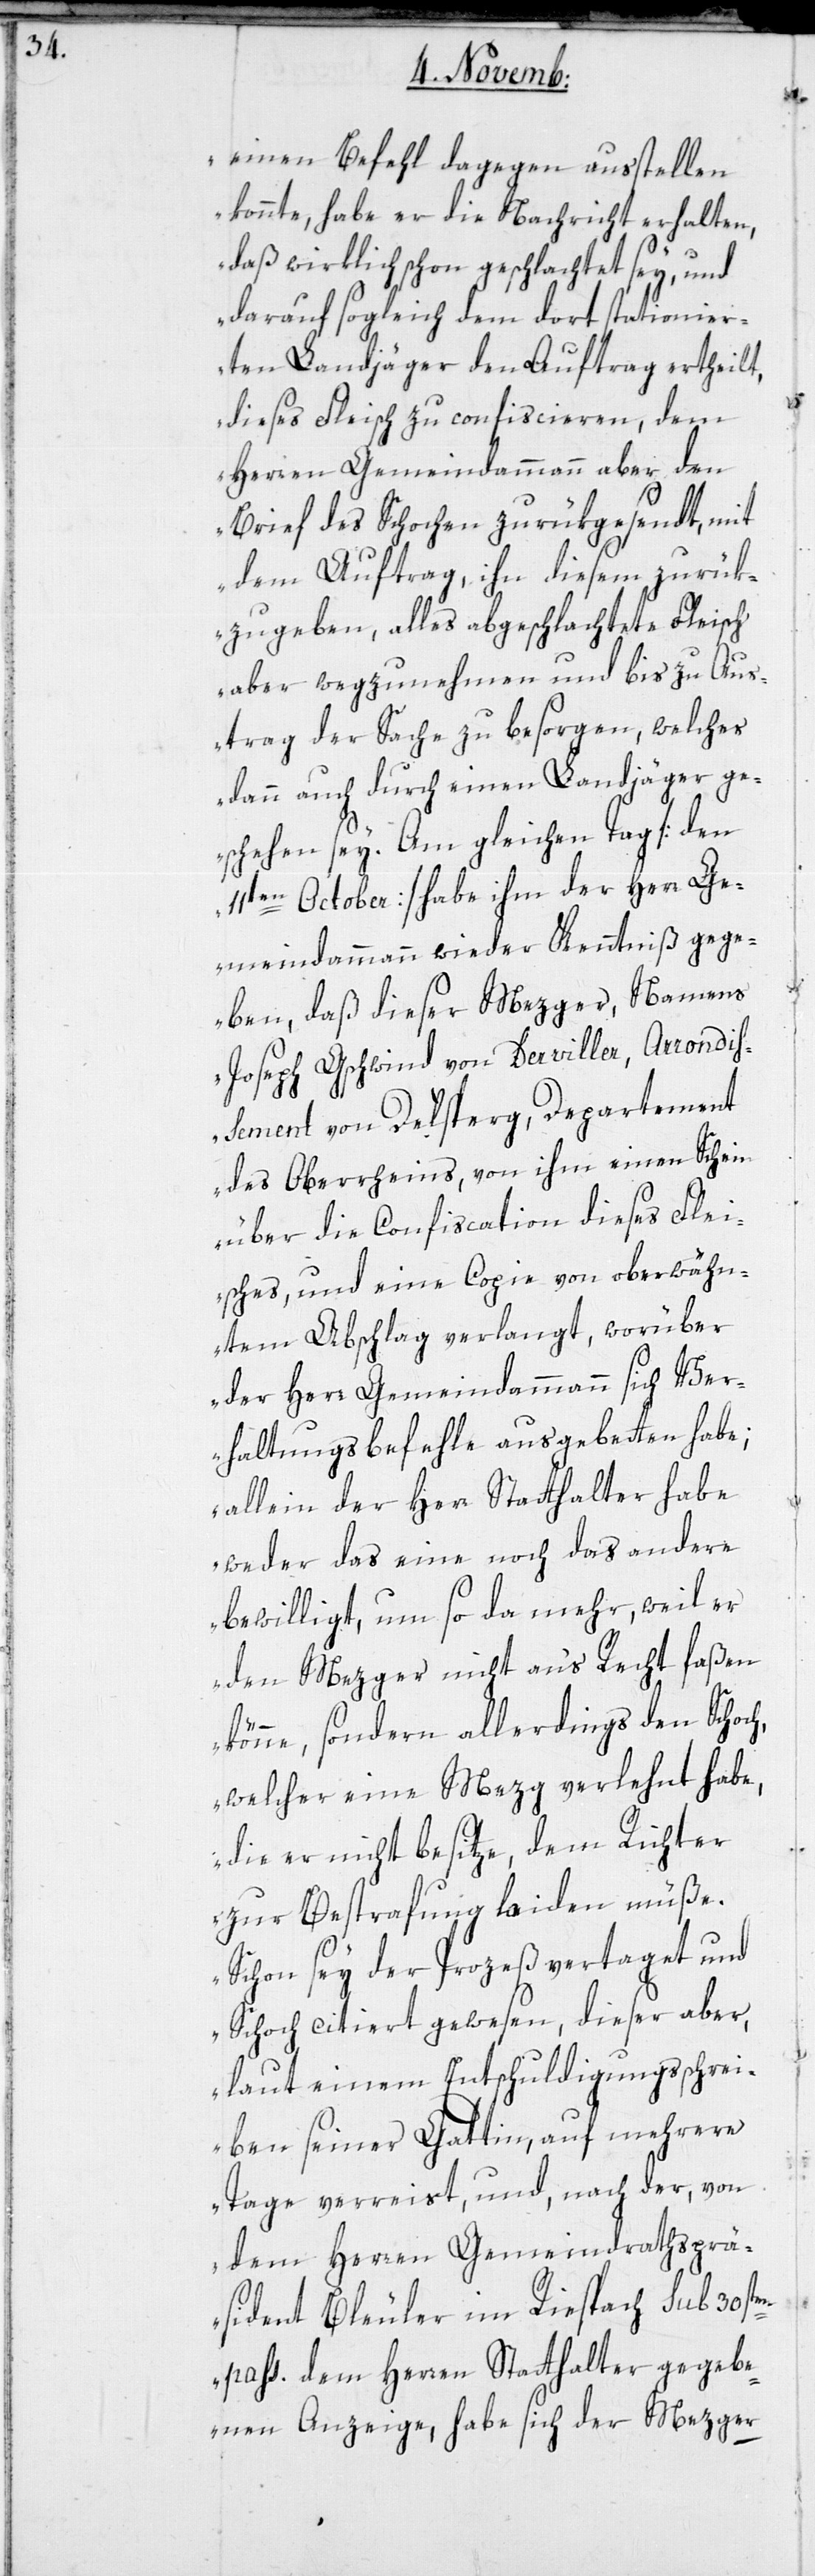
einen Befehl dagegen ausstellen
konnte, habe er die Nachricht erhalten,
daß wirklich schon geschlachtet sey, und
darauf sogleich dem dort stationier¬
ten Landjäger den Auftrag ertheilt,
dieses Fleisch zu confiscieren, dem
Herren Gemeindammann aber den
Brief des Schochen zurükgesendt, mit
dem Auftrag, ihn diesem zurük¬
zugeben, alles abgeschlachtete Fleisch
aber wegzunehmen und bis zu Aus¬
trag der Sache zu besorgen, welches
dann auch durch einen Landjäger ge¬
schehen sey. Am gleichen Tag [den
11ten October] habe ihm der Herr Ge¬
meindammann wieder Kenntniß gege¬
ben, daß dieser Mezger, namens
Joseph Gschwind von Derviller, Arrondiß¬
ement von Delsperg, Departement
des Oberrheins, von ihm einen Schein
über die Confiscation dieses Flei¬
sches und eine Copie von oberwähn¬
tem Abschlag verlangt, worüber
der Herr Gemeindammann sich Ver¬
haltungsbefehle ausgebetten habe;
allein der Herr Statthalter habe
weder das Eine noch das Andere
bewilligt, um so da mehr, weil er
den Mezger nicht ans Recht faßen
könne, sondern allerdings den Schoch,
welcher eine Mezg verlehnt habe,
die er nicht besitze, dem Richter
zur Bestrafung laiden müße.
Schon sey der Prozeß vertaget und
Schoch citiert gewesen, dieser aber,
laut einem Entschuldigungsschrei¬
ben seiner Gattin, auf mehrere
Tage verreist, und nach der von
dem Herren Gemeindrathsprä¬
sident Bleuler im Riespach sub 30sten
pass: dem Herren Statthalter gegebe¬
nen Anzeige, habe sich der Mezger